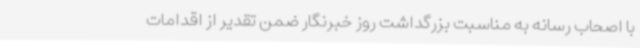
با اصحاب رسانه به مناسبت بزرگداشت روز خبرنگار ضمن تقدیر از اقدامات